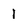
Character: 1